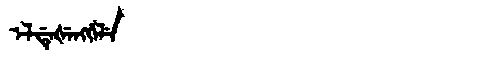
Manchu: ᡝᠯᡩᡝᡧᡝᠩᡤᡝᠯᡝ
Romanization: ELDEŠENGGELE